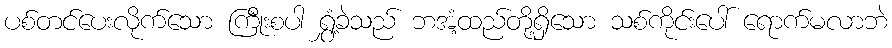
ပစ်တင်ပေးလိုက်သော ကြီုးစပါ ရွှံ့ခဲသည် ဘအံ့ထည်တို့ရှိသော သစ်ကိုင်းပေါ် ရောက်မလာဘဲ